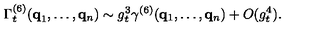
\Gamma _ { t } ^ { ( 6 ) } ( { \bf { q } } _ { 1 } , \ldots , { \bf { q } } _ { n } ) \sim g _ { t } ^ { 3 } \gamma ^ { ( 6 ) } ( { \bf { q } } _ { 1 } , \ldots , { \bf { q } } _ { n } ) + O ( g _ { t } ^ { 4 } ) .